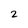
Character: 2